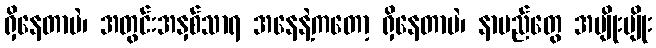
ရှိနေတာပဲ၊ အတွင်းအနှစ်သာရ အနေနဲ့ကတော့ ရှိနေတာပဲ၊ နာမည်တွေ အမျိုးမျိုး